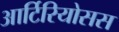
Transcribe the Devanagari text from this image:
आर्टिरियोसस